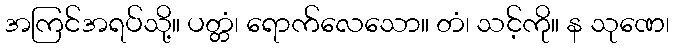
အကြင်အရပ်သို့။ ပတ္တံ၊ ရောက်လေသော။ တံ၊ သင့်ကို။ န သုဏေ၊